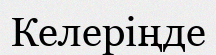
Келеріңде